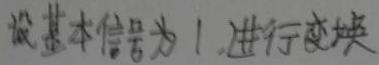
设基本信号为1,进行变换